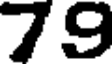
79